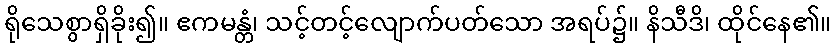
ရိုသေစွာရှိခိုး၍။ ဧကမန္တံ၊ သင့်တင့်လျောက်ပတ်သော အရပ်၌။ နိသီဒိ၊ ထိုင်နေ၏။